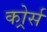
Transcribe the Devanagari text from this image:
कोर्र्स